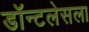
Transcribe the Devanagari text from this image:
डॉन्टलेसला